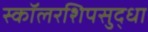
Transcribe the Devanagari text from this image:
स्कॉलरशिपसुद्धा